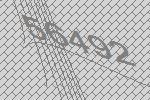
56492